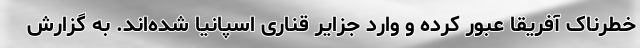
خطرناک آفریقا عبور کرده و وارد جزایر قناری اسپانیا شده‌اند. به گزارش